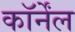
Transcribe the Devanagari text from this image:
कॉर्नेंल